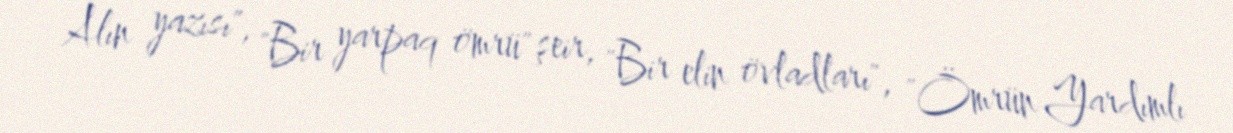
Alın yazısı", "Bir yarpaq ömrü" şeir, "Bir elin övladları", "Ömrün Yardımlı